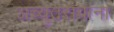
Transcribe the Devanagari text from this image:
अच्युतरावांना